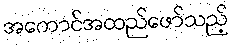
အကောင်အထည်ဖော်သည့်